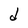
Character: d